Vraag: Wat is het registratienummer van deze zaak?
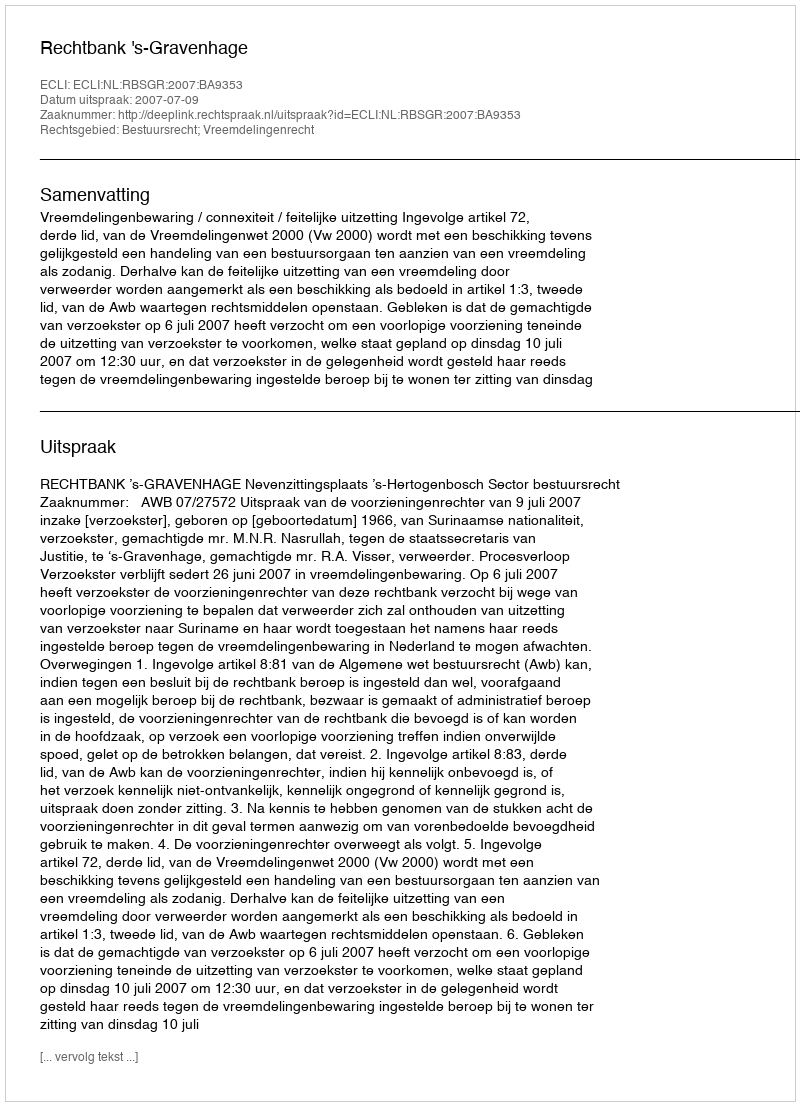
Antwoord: http://deeplink.rechtspraak.nl/uitspraak?id=ECLI:NL:RBSGR:2007:BA9353